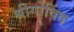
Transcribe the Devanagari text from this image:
श्रीगोविंद